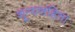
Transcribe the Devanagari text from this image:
शून्यसंहिता